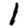
Digit: 1